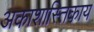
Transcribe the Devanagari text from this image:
अकाशास्तिकाय